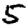
Digit: 5